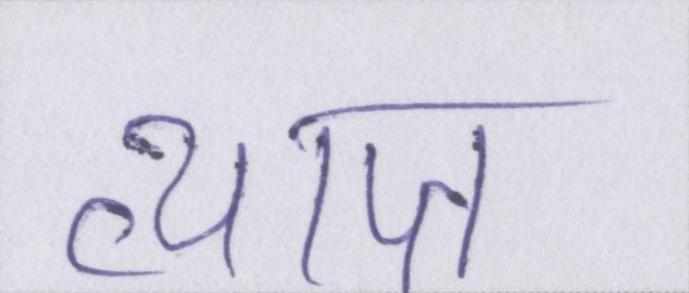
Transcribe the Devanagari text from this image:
व्याप्त